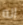
انه